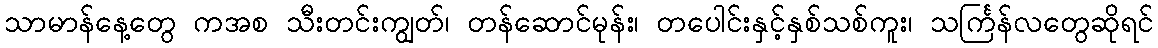
သာမာန်နေ့တွေ ကအစ သီးတင်းကျွတ်၊ တန်ဆောင်မုန်း၊ တပေါင်းနှင့်နှစ်သစ်ကူး၊ သင်္ကြန်လတွေဆိုရင်